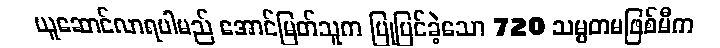
ယူဆောင်လာရပါမည် အောင်မြတ်သူက ပြုပြင်ခဲ့သော 720 သမ္မတမဖြစ်မီက